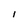
Character: l